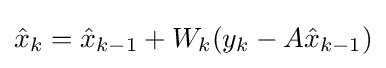
{\hat {x}}_{k}={\hat {x}}_{k-1}+W_{k}(y_{k}-A{\hat {x}}_{k-1})